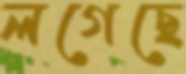
লগেছে